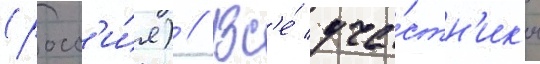
(росс'и́я) // Вс'е́ уча́стн'ик'и